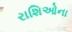
રાશિઓના